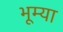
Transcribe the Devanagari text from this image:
भूम्या